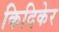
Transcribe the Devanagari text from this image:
किदिकेर